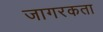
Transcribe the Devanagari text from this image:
जागरकता